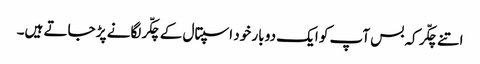
اتنے چکّر کہ بس آپ کو ایک دو بار خود اسپتال کے چکّر لگانے پڑ جاتے ہیں۔